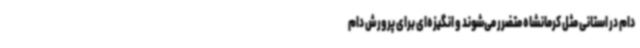
دام در استانی مثل کرمانشاه متضرر می‌شوند و انگیزه‌ای برای پرورش دام